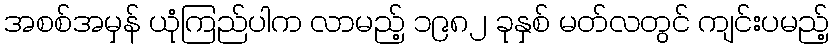
အစစ်အမှန် ယုံကြည်ပါက လာမည့် ၁၉၈၂ ခုနှစ် မတ်လတွင် ကျင်းပမည့်